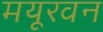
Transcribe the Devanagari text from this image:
मयूरवन